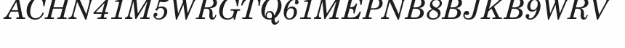
ACHN41M5WRGTQ61MEPNB8BJKB9WRV